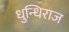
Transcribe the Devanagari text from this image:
धुन्धिराज